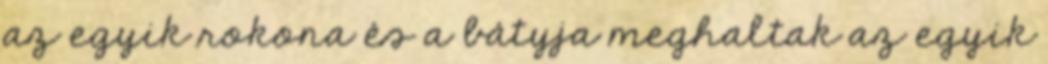
az egyik rokona és a bátyja meghaltak az egyik